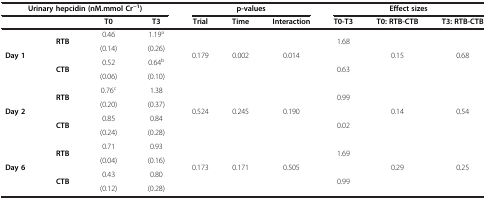
<table><thead><tr><td colspan="4"><b>Urinary hepcidin (nM.mmol Cr<sup>−1</sup>)</b></td><td colspan="3"><b>p-values</b></td><td colspan="3"><b>Effect sizes</b></td></tr><tr><td><b> </b></td><td><b> </b></td><td><b>T0</b></td><td><b>T3</b></td><td><b>Trial</b></td><td><b>Time</b></td><td><b>Interaction</b></td><td><b>T0-T3</b></td><td><b>T0: RTB-CTB</b></td><td><b>T3: RTB-CTB</b></td></tr></thead><tbody><tr><td rowspan="4"><b>Day 1</b></td><td rowspan="2"><b>RTB</b></td><td>0.46</td><td>1.19<sup>a</sup></td><td rowspan="4">0.179</td><td rowspan="4">0.002</td><td rowspan="4">0.014</td><td rowspan="2">1.68</td><td rowspan="4">0.15</td><td rowspan="4">0.68</td></tr><tr><td>(0.14)</td><td>(0.26)</td></tr><tr><td rowspan="2"><b>CTB</b></td><td>0.52</td><td>0.64<sup>b</sup></td><td rowspan="2">0.63</td></tr><tr><td>(0.06)</td><td>(0.10)</td></tr><tr><td rowspan="4"><b>Day 2</b></td><td rowspan="2"><b>RTB</b></td><td>0.76<sup>c</sup></td><td>1.38</td><td rowspan="4">0.524</td><td rowspan="4">0.245</td><td rowspan="4">0.190</td><td rowspan="2">0.99</td><td rowspan="4">0.14</td><td rowspan="4">0.54</td></tr><tr><td>(0.20)</td><td>(0.37)</td></tr><tr><td rowspan="2"><b>CTB</b></td><td>0.85</td><td>0.84</td><td rowspan="2">0.02</td></tr><tr><td>(0.24)</td><td>(0.28)</td></tr><tr><td rowspan="4"><b>Day 6</b></td><td rowspan="2"><b>RTB</b></td><td>0.71</td><td>0.93</td><td rowspan="4">0.173</td><td rowspan="4">0.171</td><td rowspan="4">0.505</td><td rowspan="2">1.69</td><td rowspan="4">0.29</td><td rowspan="4">0.25</td></tr><tr><td>(0.04)</td><td>(0.16)</td></tr><tr><td rowspan="2"><b>CTB</b></td><td>0.43</td><td>0.80</td><td rowspan="2">0.99</td></tr><tr><td>(0.12)</td><td>(0.28)</td></tr></tbody></table>